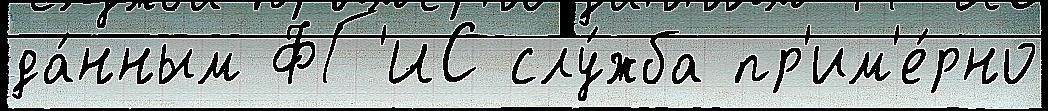
да́нным ФГ'ИС слу́жба пр'им'е́рно